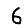
Digit: 6